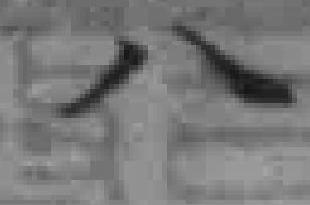
八